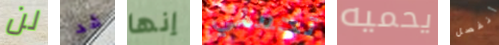
لن قد إنها تحملي يحميه أنفصل